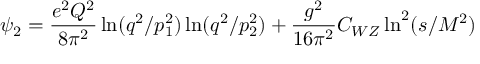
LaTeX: \psi _ { 2 } = \frac { e ^ { 2 } Q ^ { 2 } } { 8 \pi ^ { 2 } } \ln ( q ^ { 2 } / p _ { 1 } ^ { 2 } ) \ln ( q ^ { 2 } / p _ { 2 } ^ { 2 } ) + \frac { g ^ { 2 } } { 1 6 \pi ^ { 2 } } C _ { W Z } \ln ^ { 2 } ( s / M ^ { 2 } ) ~